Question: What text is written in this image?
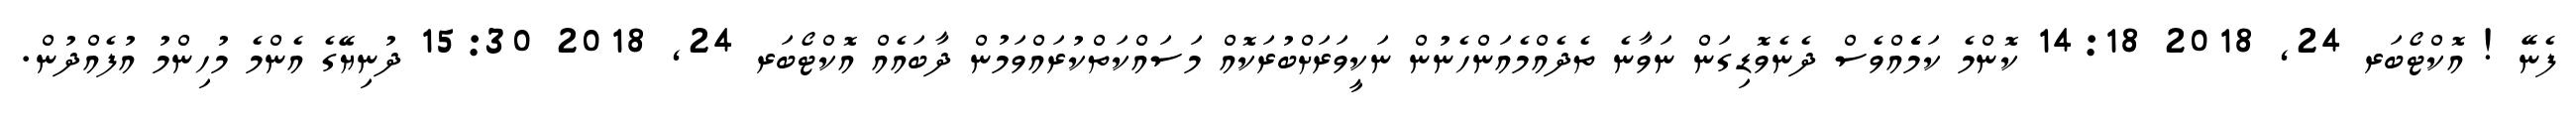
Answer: ފެނޭ ! އޮކްޓޯބަރ 24, 2018 14:18 ކޮންމެ ކަމެެެެއްވެސް ދެނެވޮޑިގަން ނަވާނެ ތެދެއްމެއަންހެނުން ނަކީވަރަށްބުރަކޮއް މަސައްކަތްކުރައްވަމުން ދާބައެއް އޮކްޓޯބަރ 24, 2018 15:30 ދުނިޔޭގެ އެންމެ މުހިންމު އުފެއްދުން.